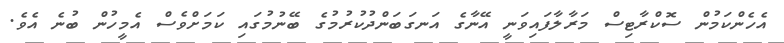
އެހެންކަމުން ސޮކްރާޓިސް މަރާލާފައިވަނީ އޭނާގެ އަނގަބަންދުކުރުމުގެ ބޭނުމުގައި ކަމަށްވެސް އެމީހުން ބުނެ އެވެ.